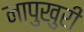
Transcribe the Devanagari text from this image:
नापुखुरी